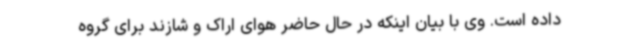
داده است. وی با بیان اینکه در حال حاضر هوای اراک و شازند برای گروه